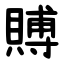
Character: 賻